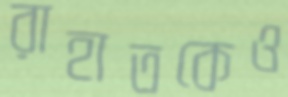
রাহাতকেও